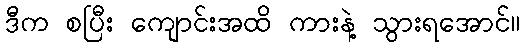
ဒီက စပြီး ကျောင်းအထိ ကားနဲ့ သွားရအောင်။